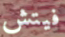
فيتش